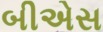
બીએસ